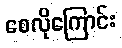
စေလိုကြောင်း